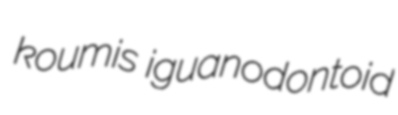
koumis iguanodontoid